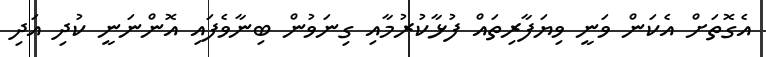
އެގޮތަށް އެކަން ވަނީ ވިޔަފާރިތައް ފުޅާކުރުމާއި ގިނަވުން ބިނާވެފައި އޮންނަނީ ކުދި އަދި